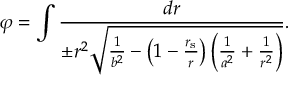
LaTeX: \varphi = \int { \frac { d r } { \pm r ^ { 2 } { \sqrt { { \frac { 1 } { b ^ { 2 } } } - \left( 1 - { \frac { r _ { \mathrm { { s } } } } { r } } \right) \left( { \frac { 1 } { a ^ { 2 } } } + { \frac { 1 } { r ^ { 2 } } } \right) } } } } .